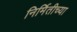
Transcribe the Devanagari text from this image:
निर्मितीच्‍या